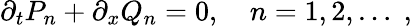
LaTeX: \partial_{t}P_{n}+\partial_{x}Q_{n}=0,\quad n=1,2,\dots\; ,